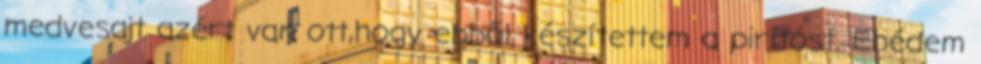
medvesajt azért van ott,hogy ebből készítettem a pirítóst. Ebédem